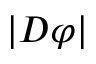
| D \varphi |